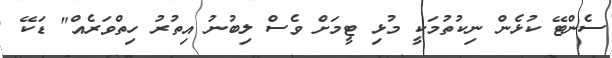
ސެންޓޭ ކުޅެން ނިކުތުމަކީ މުޅި ޓީމަށް ވެސް ލިބުނު އިތުރު ހިތްވަރެއް" ޑަކޭ